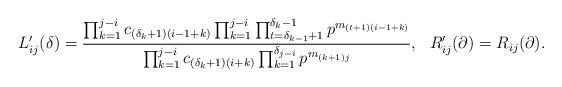
LaTeX: \begin{align*}L'_{ij}(\delta) &= \frac{\prod_{k=1}^{j-i} c_{(\delta_k+1)(i-1+k)} \prod_{k=1}^{j-i} \prod_{t=\delta_{k-1}+1}^{\delta_k-1} p^{m_{(t+1)(i-1+k)}}}{\prod_{k=1}^{j-i} c_{(\delta_k+1)(i+k)} \prod_{k=1}^{\delta_{j-i}} p^{m_{(k+1)j}}}, & R'_{ij}(\partial) &= R_{ij}(\partial).\end{align*}